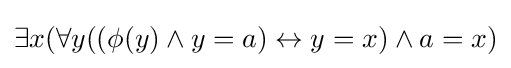
\exists x(\forall y((\phi (y)\land y=a)\leftrightarrow y=x)\land a=x)